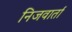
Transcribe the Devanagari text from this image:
निजवार्ता